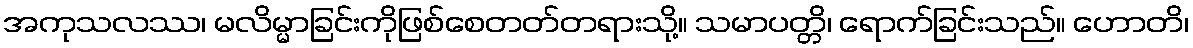
အကုသလဿ၊ မလိမ္မာခြင်းကိုဖြစ်စေတတ်တရားသို့။ သမာပတ္တိ၊ ရောက်ခြင်းသည်။ ဟောတိ၊